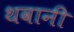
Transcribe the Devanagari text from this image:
थवानी